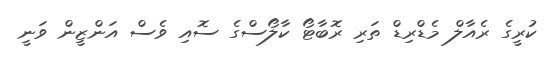
ކުރީގެ ރެއާލް މެޑްރިޑް ތަރި ރޮބާޓޯ ކާލޯސްގެ ސޮއި ވެސް އަންޒީން ވަނީ